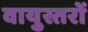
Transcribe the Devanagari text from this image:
वायुस्तरों